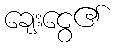
ချေးငွေ၏